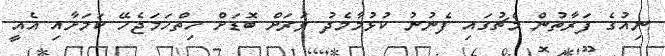
ނިއުގެ ފަރާތުން މެޗުގައި ފެނުނު ކުޅުމާމެދު ވަރަށް ބޮޑަށް ހިތްހަމަޖެހޭ ކަމަށާއި އެއީ